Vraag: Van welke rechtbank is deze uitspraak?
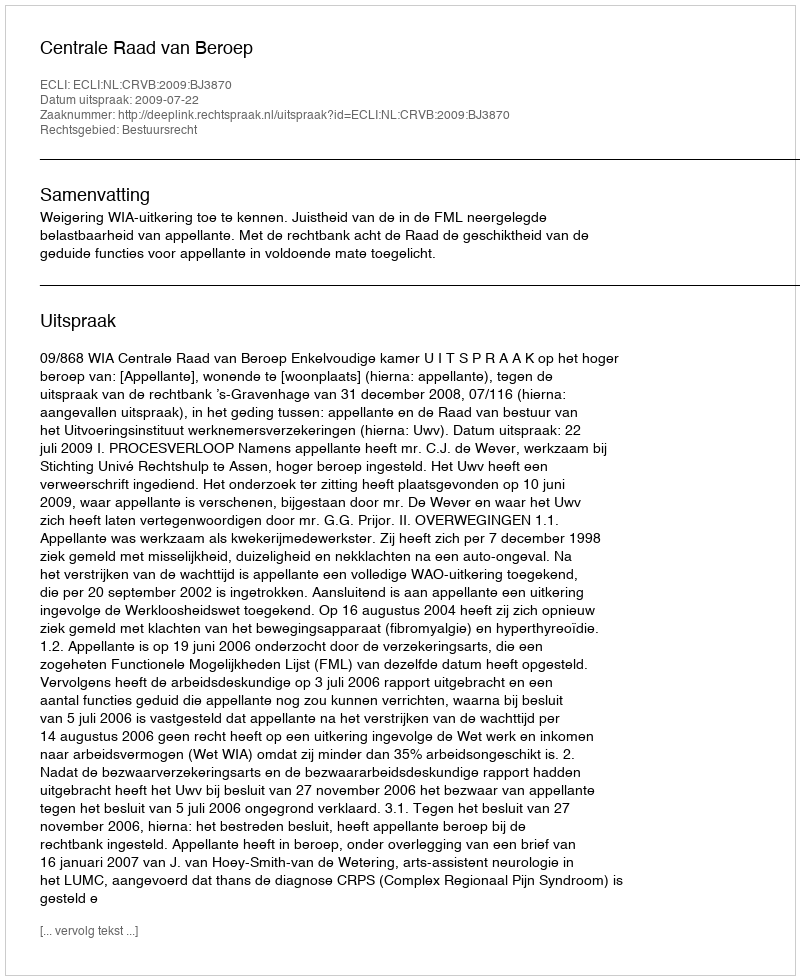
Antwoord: Centrale Raad van Beroep